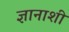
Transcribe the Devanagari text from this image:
ज्ञानाशी